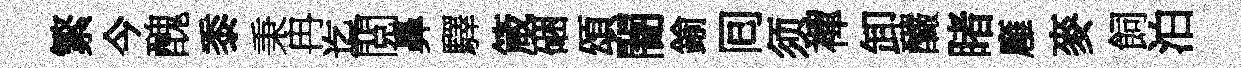
繁今醜黍秉冉迄閲鼻驛箴硱頌闇鍮囘须襌卸釅睹廱麥飼泊